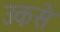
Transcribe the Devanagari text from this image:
उकसे